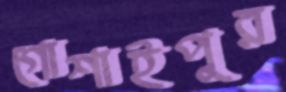
গোশাইপুর